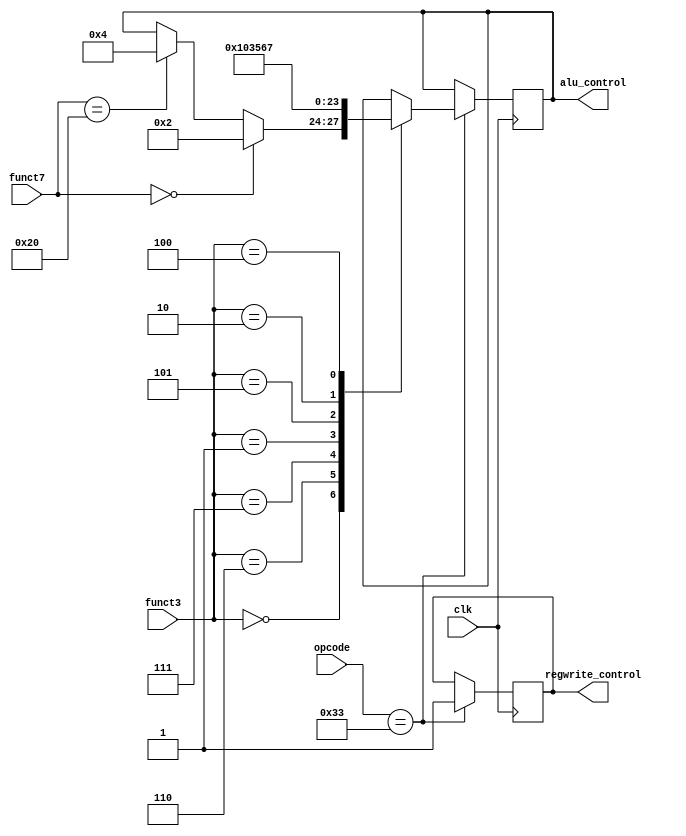
module  CONTROL(
`ifdef USE_POWER_PINS
    inout vccd1,	// User area 1 1.8V supply
    inout vssd1,	// User area 1 digital ground
`endif
input clk,
    input [6:0] funct7,
    input [2:0] funct3,
    input [6:0] opcode,
    output  [3:0] alu_control,
    output  regwrite_control
);
reg [3:0]alureg;
reg writecontrol;
always @(posedge clk)
    begin
        if (opcode == 7'b0110011) 
        begin // R-type instructions
		writecontrol <= 1;

            case (funct3)
                0: begin
                    if(funct7 == 0)
                   alureg<= 4'b0010; // ADD
                    else if(funct7 == 32)
                    alureg<= 4'b0100; // SUB
                end
                6: alureg<= 4'b0001; // OR
                7: alureg <= 4'b0000; // AND
                1: alureg <= 4'b0011; // SLL
                5: alureg <= 4'b0101; // SRL
		2: alureg <= 4'b0110; // MUL
		4: alureg <= 4'b0111; // XOR
            endcase

      end

    end
assign alu_control=alureg;
assign  regwrite_control=writecontrol;
endmodule